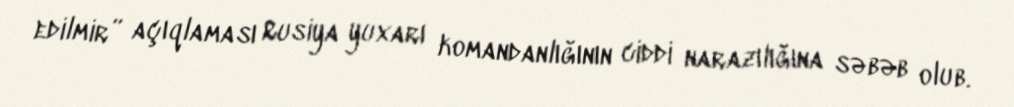
edilmir” açıqlaması Rusiya yuxarı komandanlığının ciddi narazılığına səbəb olub.